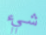
شيء